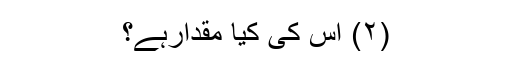
(۲) اس کی کیا مقدارہے؟